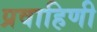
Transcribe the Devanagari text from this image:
प्रवाहिणी